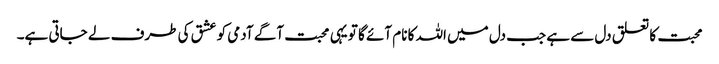
محبت کا تعلق دل سے ہے جب دل میں اللہ کا نام آئے گا تو یہی محبت آگے آدمی کو عشق کی طرف لے جاتی ہے۔